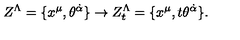
Z ^ { \Lambda } = \{ x ^ { \mu } , \theta ^ { \dot { \alpha } } \} \rightarrow Z _ { t } ^ { \Lambda } = \{ x ^ { \mu } , t \theta ^ { \dot { \alpha } } \} .